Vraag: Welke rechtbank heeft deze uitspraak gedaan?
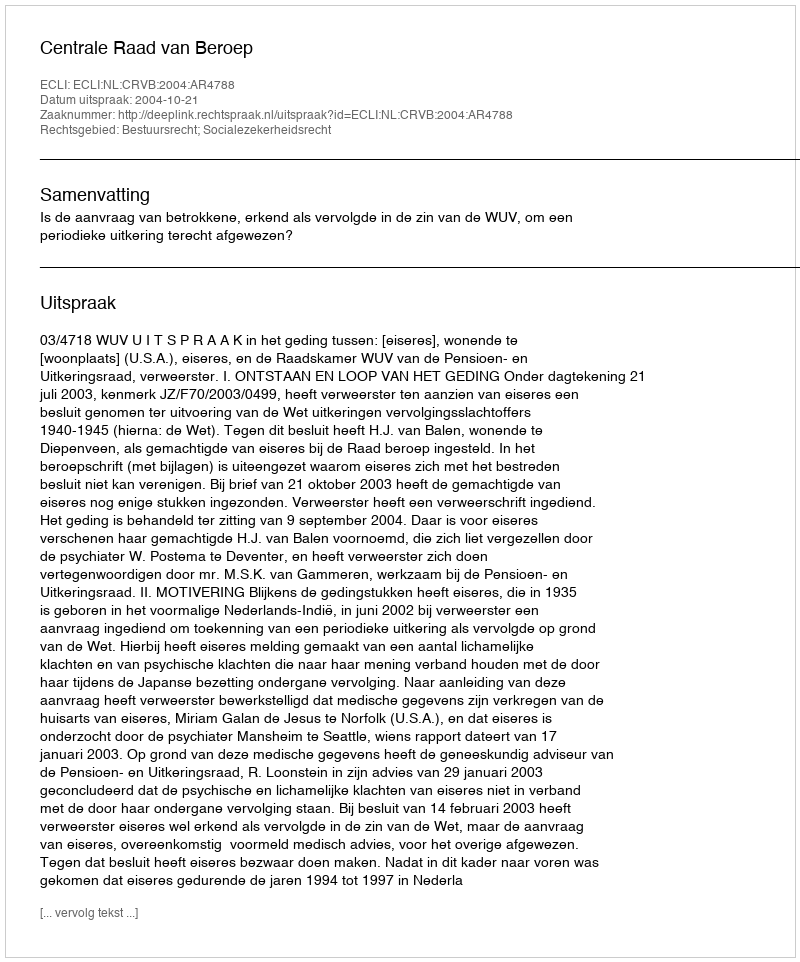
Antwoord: Centrale Raad van Beroep